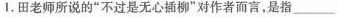
1.田老师所说的”不过是无心插柳”对作者而言，是指______